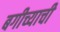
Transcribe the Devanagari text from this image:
बगीच्याची